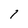
Character: 1